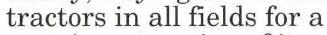
tractors in all fields for a